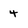
Character: 4